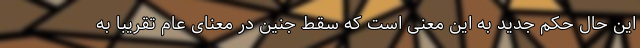
این حال حکم جدید به این معنی است که سقط جنین در معنای عام تقریبا به